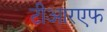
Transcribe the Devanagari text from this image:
टीआरएफ